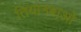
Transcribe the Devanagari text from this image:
तियानबाओ